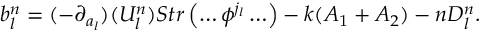
b _ { l } ^ { n } = ( - \partial _ { a _ { l } } ) ( U _ { l } ^ { n } ) S t r \left( \ldots \phi ^ { j _ { l } } \ldots \right) - k ( A _ { 1 } + A _ { 2 } ) - n D _ { l } ^ { n } .